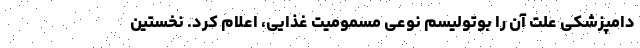
دامپزشکی علت آن را بوتولیسم نوعی مسمومیت غذایی، اعلام کرد. نخستین